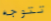
تتوجه